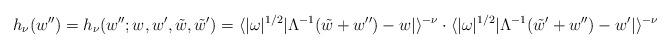
LaTeX: \begin{align*}h_\nu(w'')=h_\nu(w'';w,w',\tilde{w},\tilde{w}')=\langle |\omega|^{1/2}|\Lambda^{-1}(\tilde{w}+w'')-w|\rangle^{-\nu}\cdot \langle |\omega|^{1/2}|\Lambda^{-1}(\tilde{w}'+w'')-w'|\rangle^{-\nu}\end{align*}